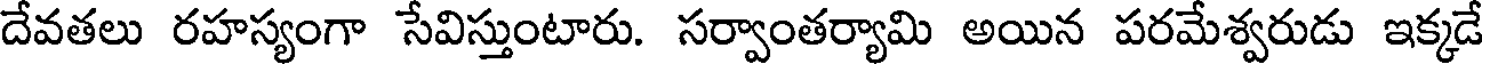
దేవతలు రహస్యంగా సేవిస్తుంటారు. సర్వాంతర్యామి అయిన పరమేశ్వరుడు ఇక్కడే